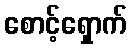
စောင့်ရှောက်